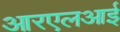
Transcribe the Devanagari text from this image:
आरएलआई